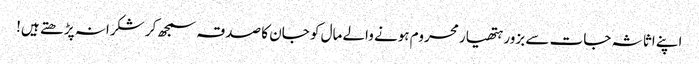
اپنے اثاثہ جات سے بزور ہتھیار محروم ہونے والے مال کو جان کا صدقہ سمجھ کر شکرانہ پڑ ھتے ہیں!